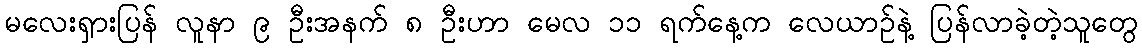
မလေးရှားပြန် လူနာ ၉ ဦးအနက် ၈ ဦးဟာ မေလ ၁၁ ရက်နေ့က လေယာဉ်နဲ့ ပြန်လာခဲ့တဲ့သူတွေ